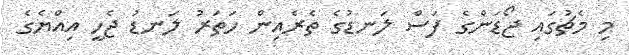
މި މެޗުގައި ޖޯޑަންގެ ފަސް ލަނޑުގެ ތެރެއިން ހަތަރު ލަނޑު ޖެހީ އިއްޔެގެ